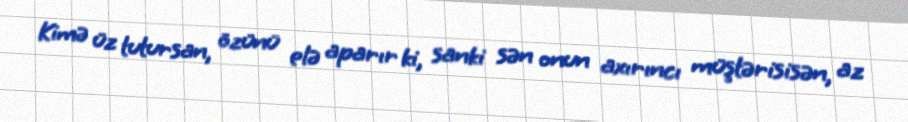
Kimə üz tutursan, özünü elə aparır ki, sanki sən onun axırıncı müştərisisən, az